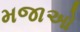
મજાઓ